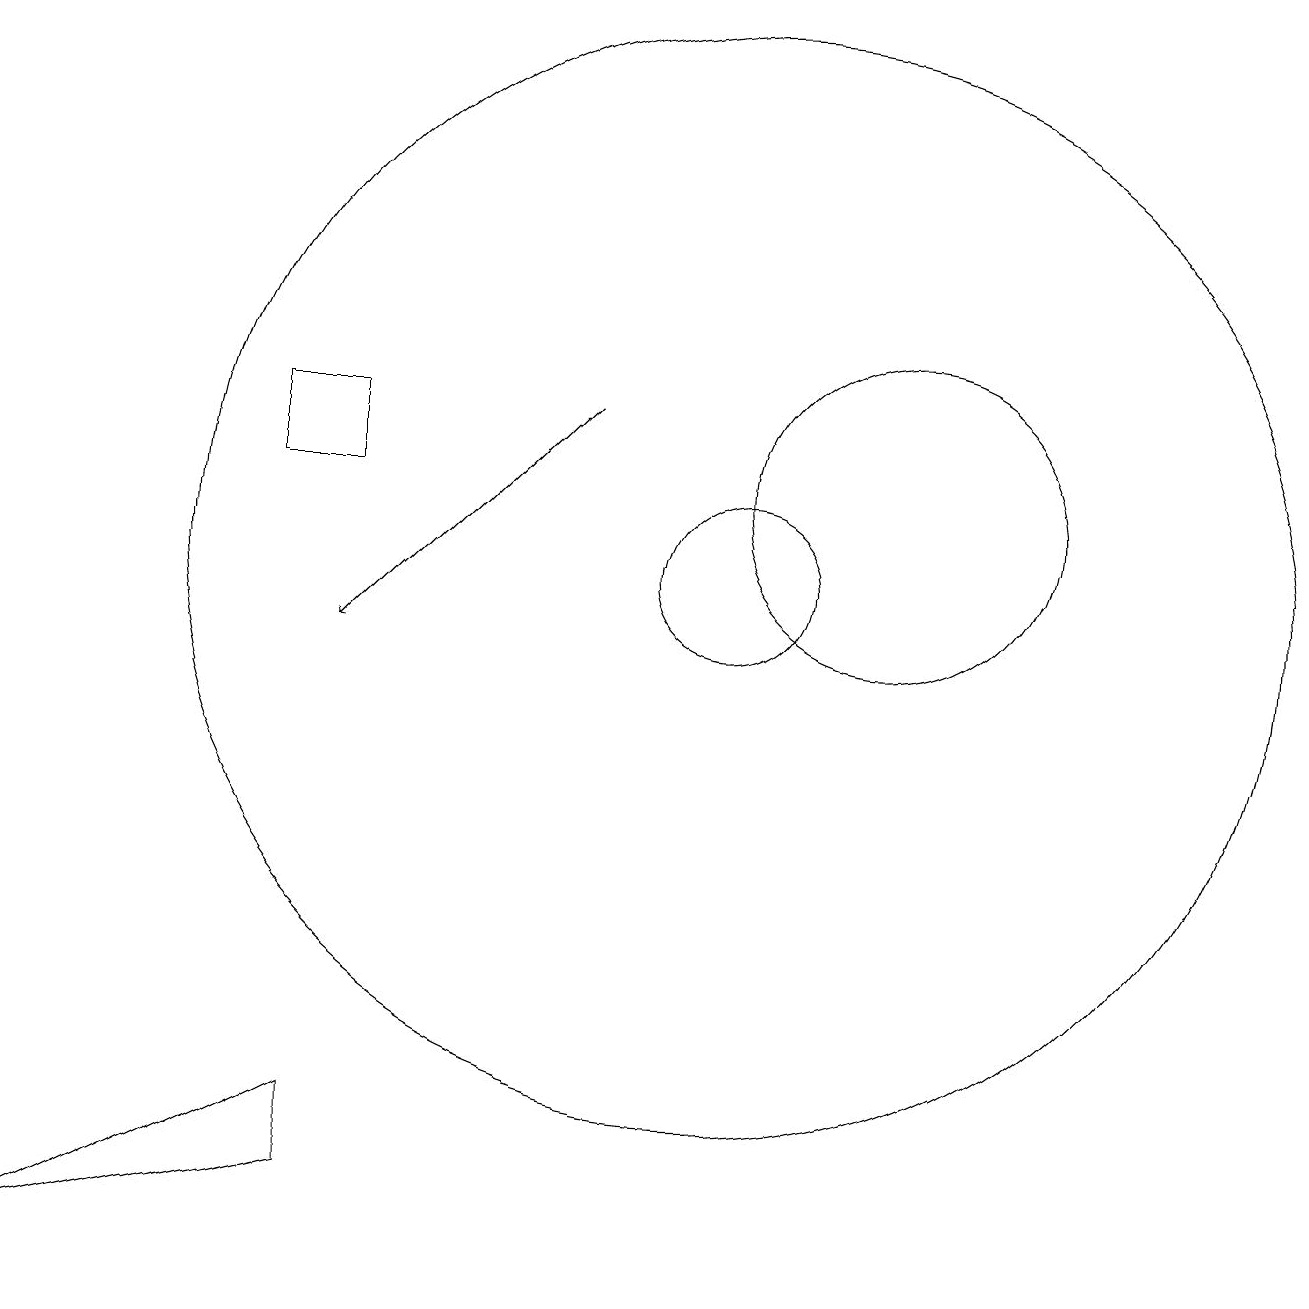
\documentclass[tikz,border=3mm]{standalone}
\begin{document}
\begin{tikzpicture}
\draw (4,12) rectangle (5,13);
\draw (10,11) circle (7);
\draw (5,4) -- (1,2) -- (5,3) -- cycle;
\draw[->] (8,13) -- (5,10);
\draw (10,11) circle (1);
\draw (12,12) circle (2);
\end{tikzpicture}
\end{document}